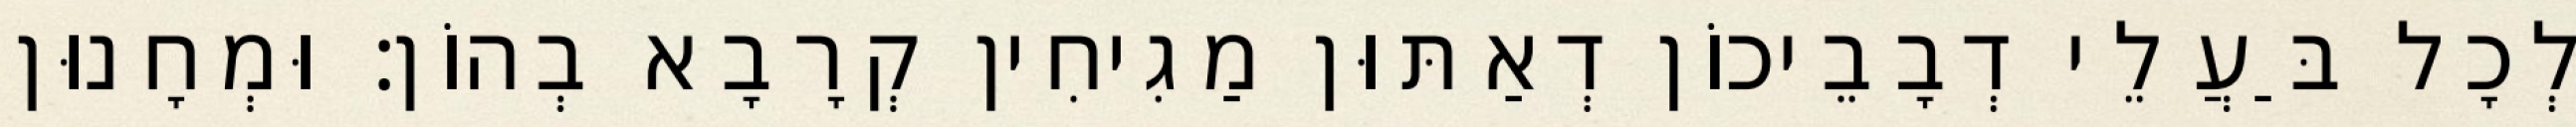
לְכָל בַּעֲלֵי דְבָבֵיכוֹן דְאַתּוּן מַגִיחִין קְרָבָא בְהוֹן׃ וּמְחָנוּן